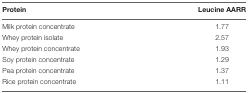
| Protein | Leucine AARR |
 | --- | --- |
 | Milk protein concentrate | 1.77 |
 | Whey protein isolate | 2.57 |
 | Whey protein concentrate | 1.93 |
 | Soy protein concentrate | 1.29 |
 | Pea protein concentrate | 1.37 |
 | Rice protein concentrate | 1.11 |